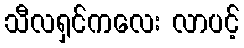
သီလရှင်ကလေး လာပင့်